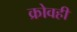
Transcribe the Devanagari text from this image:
क्रोवही